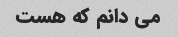
می دانم که هست